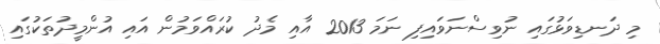
މި ދަނޑިވަޅުގައި ނުވިސްނަވައިފި ނަމަ 2013 އާއި މެދު ކުރައްވަމުން އައި އުންމީދުތަކުގައި